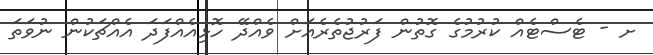
ށ - ޓެސްޓެއް ކުރުމުގެ ގޮތުން ފަރުޖުތެރެއަށް ވެއްދޭ ހޮޅިއެއްފަދަ އެއްޗަކުން ނުވަތަ